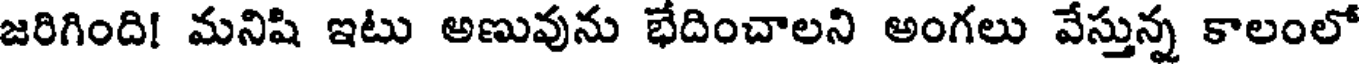
జరిగింది! మనిషి ఇటు అణువును భేదించాలని అంగలు వేస్తున్న కాలంలో